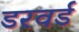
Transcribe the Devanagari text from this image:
डरवर्ड